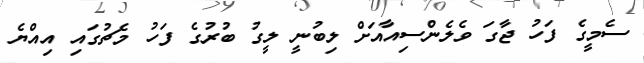
ސެމީގެ ފަހު ޖާގަ ވެލެންސިއާއަށް ލިބުނީ ލީގު ބުރުގެ ފަހު މެޗުގައި އިއްޔެ